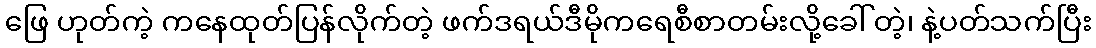
ဖြေ ဟုတ်ကဲ့ ကနေထုတ်ပြန်လိုက်တဲ့ ဖက်ဒရယ်ဒီမိုကရေစီစာတမ်းလို့ခေါ် တဲ့၊ နဲ့ပတ်သက်ပြီး